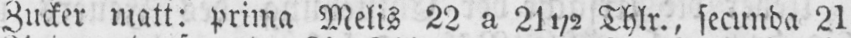
Zucker matt: prima Melis 22 a 21½ Thlr., secunda 21